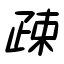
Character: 疎